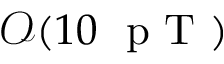
\mathcal { O } ( 1 0 ~ \mathrm { ~ p ~ T ~ } )